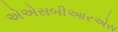
એએસબીઆરએસ